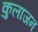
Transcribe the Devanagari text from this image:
कुलाजन